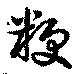
粳